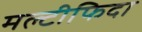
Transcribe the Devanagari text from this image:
मल्टीफिदा